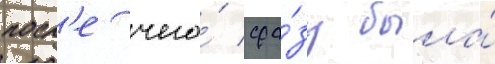
посл'е чего́ сра́зу была́